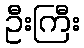
ဦးကြီး